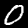
Digit: 0